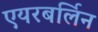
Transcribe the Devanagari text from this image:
एयरबर्लिन